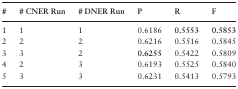
| # | # CNER Run | # DNER Run | P | R | F |
 | --- | --- | --- | --- | --- | --- |
 | 1 | 1 | 1 | 0.6186 | 0.5553 | 0.5853 |
 | 2 | 2 | 2 | 0.6216 | 0.5516 | 0.5845 |
 | 3 | 3 | 2 | 0.6255 | 0.5422 | 0.5809 |
 | 4 | 2 | 3 | 0.6193 | 0.5525 | 0.5840 |
 | 5 | 3 | 3 | 0.6231 | 0.5413 | 0.5793 |